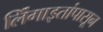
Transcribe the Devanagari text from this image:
लिंंगाइतांपासून